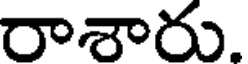
రాశారు.